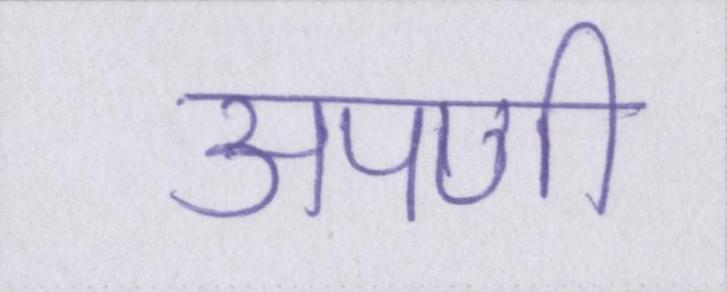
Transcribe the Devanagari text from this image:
अपणी